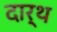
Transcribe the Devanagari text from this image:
दार्थ